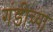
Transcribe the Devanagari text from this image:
गंडीच्या